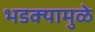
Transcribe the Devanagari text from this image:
भडक्यामुळे